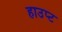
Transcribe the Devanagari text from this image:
हाउप्ट